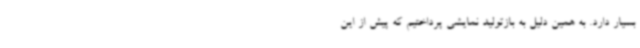
بسیار دارد. به همین دلیل به بازتولید نمایشی پرداختیم که پیش از این